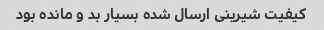
کیفیت شیرینی ارسال شده بسیار بد و مانده بود